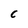
Character: C